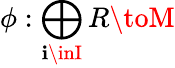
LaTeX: \phi:\bigoplus_{\mathbf{i}\inI}R\toM